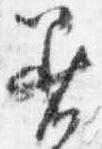
着